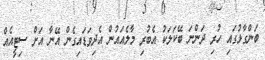
ބަންގާޅުގައި ހުރި ދަންނަ ބޭކަލަކު އެބުރި މާލެއައުން އެދިވަޑައިގެން އޭނާ އަށް ސިޓީއެއް